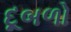
દૂબળો